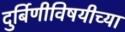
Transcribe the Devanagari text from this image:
दुर्बिणीविषयीच्या